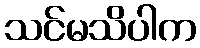
သင်မသိပါက